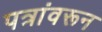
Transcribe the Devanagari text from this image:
पत्रांवरून